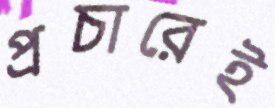
প্রচারেই